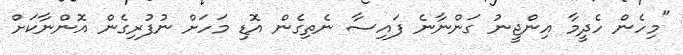
"މިހެން ހެދީމާ އިންޖީނު ގަންނާނެ ފައިސާ ނެތިގެން އޮޑި މަހަށް ނުފުރިގެން އޮންނާކަށް